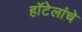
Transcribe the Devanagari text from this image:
हॉटेलांचे